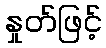
နှုတ်ဖြင့်